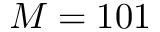
M = 1 0 1